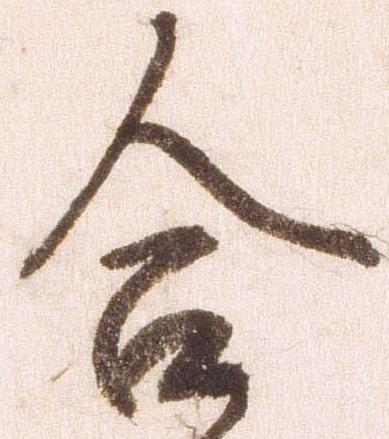
合